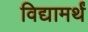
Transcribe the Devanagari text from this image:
विद्यामर्थं